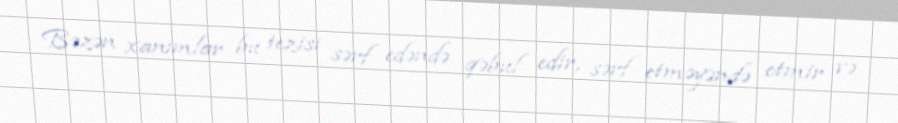
Bəzən xanımlar bu tezisi sərf edəndə qəbul edir, sərf etməyəndə etmir və